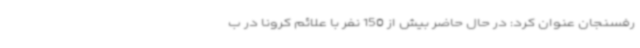
رفسنجان عنوان کرد: در حال حاضر بیش از 150 نفر با علائم کرونا در ب